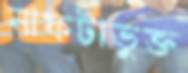
নাফটাভুক্ত